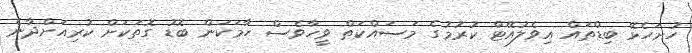
ހުށަހެޅޭ ބިޑްތައް އިވެލުއޭޓް ކުރުމުގެ މަސައްކަތް ވީހާވެސް ހާމަކަން ބޮޑު ގޮތަކަށް ކުރިއަށްދާނެ